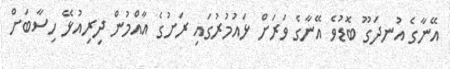
އޭނާގެ އުނދަގޫ ބޮޑުވެ އޭނާގެ ވަރަށް ޅައުމުރުގައި ރަށުގެ އާއްމުން ދިރިއުޅޭ ހިސާބަށް